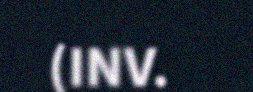
(INV.